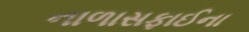
નાળાસફાઈના